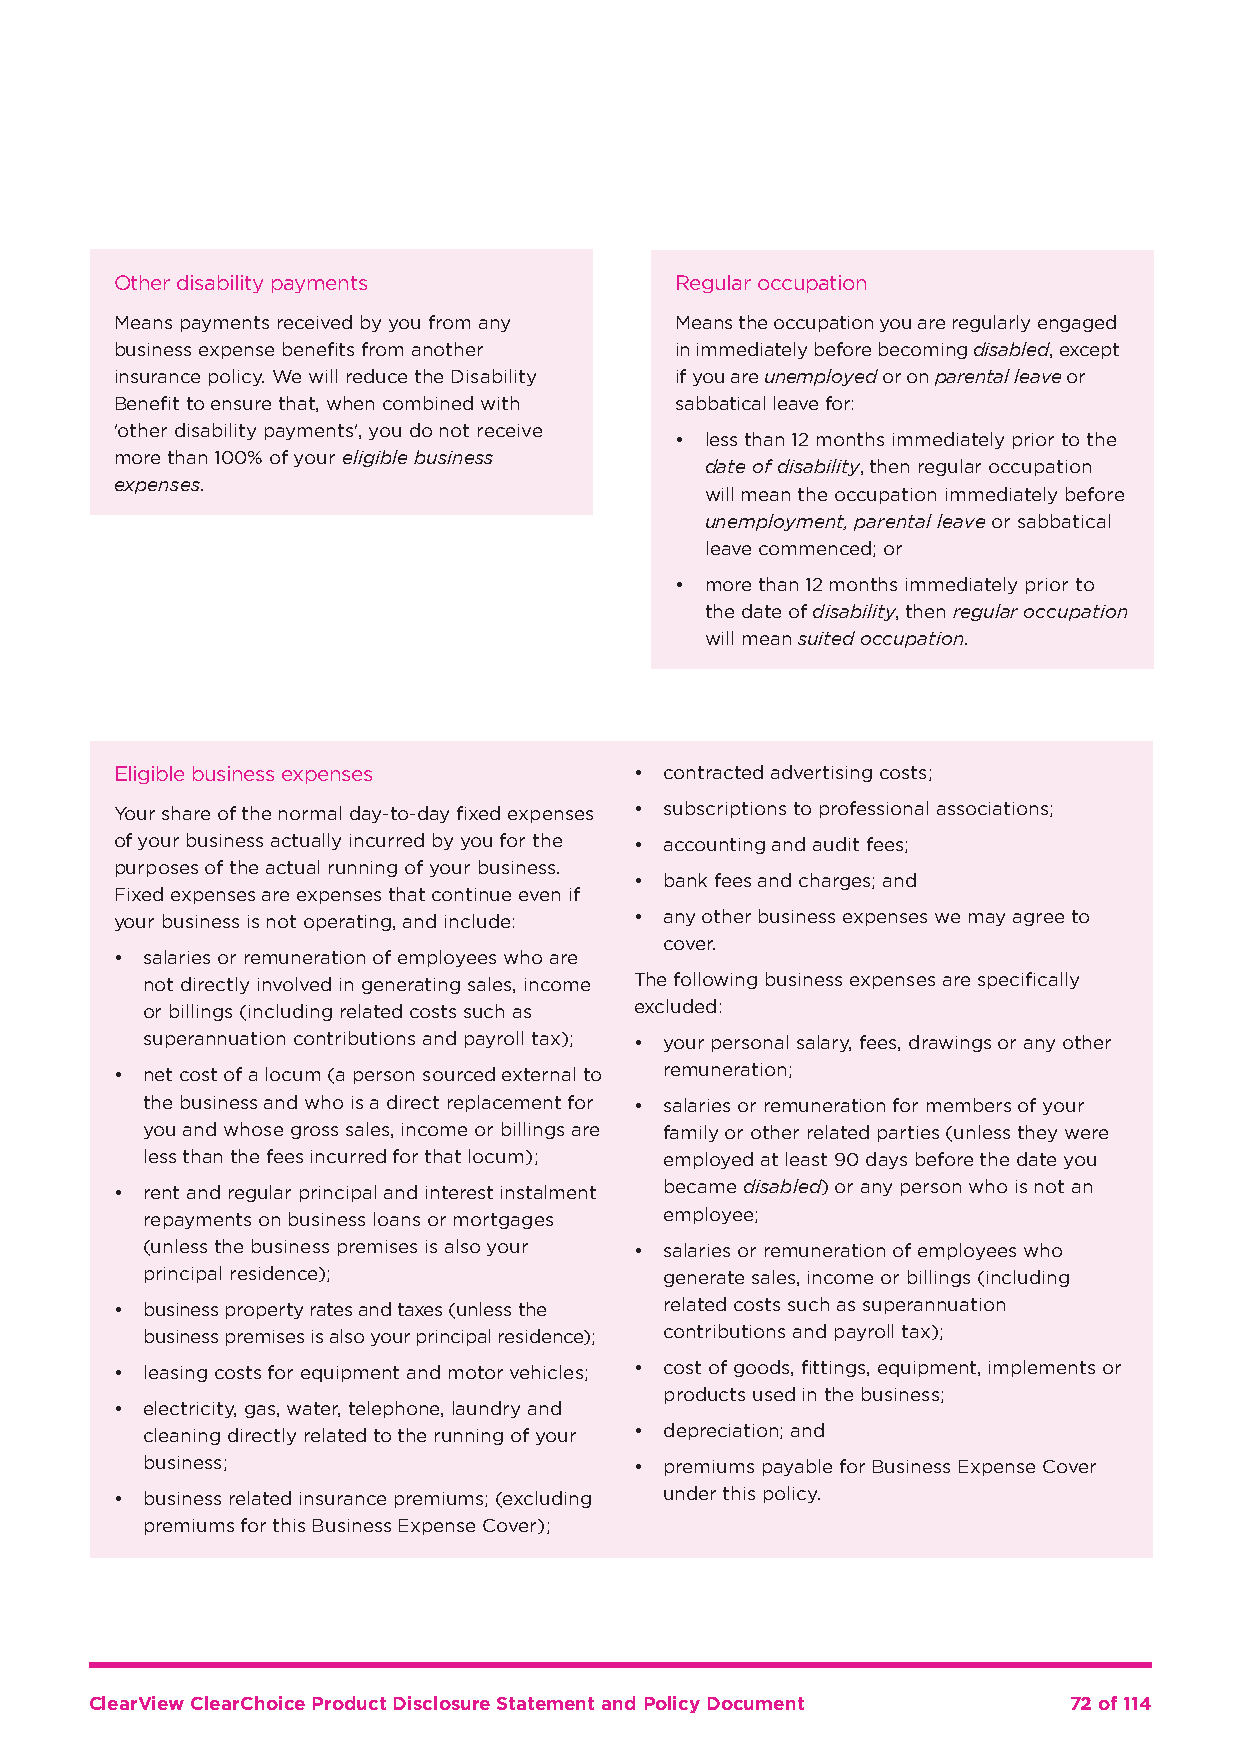
Other disability payments            Regular occupation
 Means payments received by you from any Means the occupation you are regularly engaged
 business expense benefits from another in immediately before becoming disabled, except
 insurance policy. We will reduce the Disability if you are unemployed or on parental leave or
 Benefit to ensure that, when combined with sabbatical leave for:
 'other disability payments', you do not receive
 • less than 12 months immediately prior to the
 more than 100% of your eligible business
 date of disability, then regular occupation
 expenses.
 will mean the occupation immediately before
 unemployment, parental leave or sabbatical
 leave commenced; or
 • more than 12 months immediately prior to
 the date of disability, then regular occupation
 will mean suited occupation.
 Eligible business expenses        • contracted advertising costs;
 Your share of the normal day-to-day fixed expenses • subscriptions to professional associations;
 of your business actually incurred by you for the • accounting and audit fees;
 purposes of the actual running of your business.
 • bank fees and charges; and
 Fixed expenses are expenses that continue even if
 your business is not operating, and include: • any other business expenses we may agree to
 cover.
 • salaries or remuneration of employees who are
 not directly involved in generating sales, income The following business expenses are specifically
 or billings (including related costs such as excluded:
 superannuation contributions and payroll tax); • your personal salary, fees, drawings or any other
 • net cost of a locum (a person sourced external to remuneration;
 the business and who is a direct replacement for • salaries or remuneration for members of your
 you and whose gross sales, income or billings are family or other related parties (unless they were
 less than the fees incurred for that locum); employed at least 90 days before the date you
 • rent and regular principal and interest instalment became disabled) or any person who is not an
 repayments on business loans or mortgages employee;
 (unless the business premises is also your • salaries or remuneration of employees who
 principal residence);              generate sales, income or billings (including
 • business property rates and taxes (unless the related costs such as superannuation
 business premises is also your principal residence); contributions and payroll tax);
 • leasing costs for equipment and motor vehicles; • cost of goods, fittings, equipment, implements or
 products used in the business;
 • electricity, gas, water, telephone, laundry and
 cleaning directly related to the running of your • depreciation; and
 business;                        • premiums payable for Business Expense Cover
 • business related insurance premiums; (excluding under this policy.
 premiums for this Business Expense Cover);
 ClearView ClearChoice Product Disclosure Statement and Policy Document 72 of 114